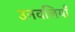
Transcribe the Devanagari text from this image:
उनवलियाँ